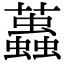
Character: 𧔴